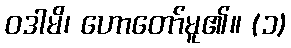
ဝဒါမိ၊ ဟောတော်မူ၏။ (၁)